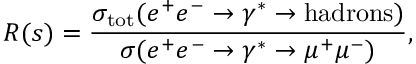
R ( s ) = \frac { \sigma _ { \mathrm { t o t } } ( e ^ { + } e ^ { - } \to \gamma ^ { * } \to \mathrm { h a d r o n s ) } } { \sigma ( e ^ { + } e ^ { - } \to \gamma ^ { * } \to \mu ^ { + } \mu ^ { - } ) } ,